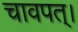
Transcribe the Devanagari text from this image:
चावपत्।